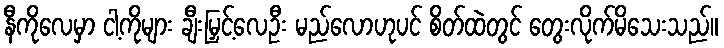
နီကိုလေမှာ ငါ့ကိုများ ချီးမြှင့်လေဦး မည်လောဟုပင် စိတ်ထဲတွင် တွေးလိုက်မိသေးသည်။